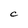
Character: C